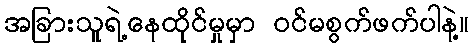
အခြားသူရဲ့နေထိုင်မှုမှာ ဝင်မစွက်ဖက်ပါနဲ့။